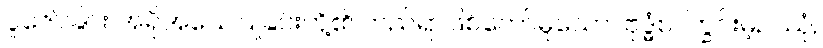
ပူဇော်ခြင်း အရိုအသေပြုခြင်းတို့၏ တည်ရာဖြစ်တော်မူသော။ ဗုဒ္ဓံစ၊ ကြွင်းမဲ့ဥဿုံ,